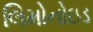
લિમોનોઇડ